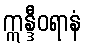
ဣန္ဒီဝရာနံ